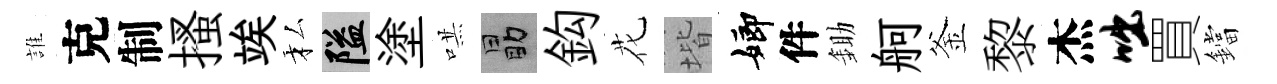
誰克制搔竢私隘塗哄勗鈎花堦嫏件鋤舸釜黎杰咄買鐺